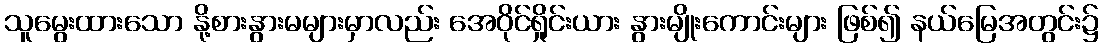
သူမွေးထားသော နို့စားနွားမများမှာလည်း အေဝိုင်ရှိုင်းယား နွားမျိုးကောင်းများ ဖြစ်၍ နယ်မြေအတွင်း၌